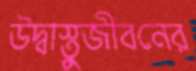
উদ্বাস্তুজীবনের